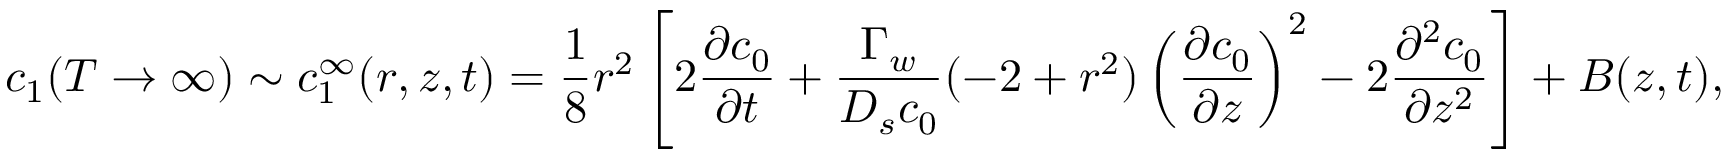
c _ { 1 } ( T \rightarrow \infty ) \sim c _ { 1 } ^ { \infty } ( r , z , t ) = \frac { 1 } { 8 } r ^ { 2 } \left[ 2 \frac { \partial c _ { 0 } } { \partial t } + \frac { \Gamma _ { w } } { D _ { s } c _ { 0 } } ( - 2 + r ^ { 2 } ) \left( \frac { \partial c _ { 0 } } { \partial z } \right) ^ { 2 } - 2 \frac { \partial ^ { 2 } c _ { 0 } } { \partial z ^ { 2 } } \right] + B ( z , t ) ,